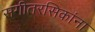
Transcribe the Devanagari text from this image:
संगीतरसिकांना